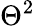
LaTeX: \Theta^{2}